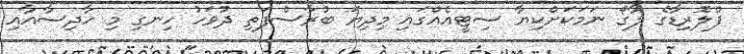
ފްލޮރިޑާގެ ލާގޯ ނަމަކަށްކިޔާ ސިޓީއެއްގައި މިދިޔަ ބުރާސްފަތި ދުވަހު ހިނގި މި ހާދިސާއާއި